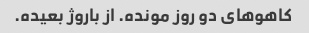
کاهوهای دو روز مونده. از باروژ بعیده.